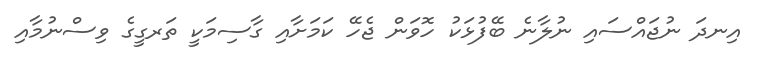
އިނދަ ނުޖައްސައި ނުލާނެ ބޭފުޅަކު ހޮވަން ޖެހޭ ކަމަށާއި ގާސިމަކީ ތަރގީގެ ވިސްނުމާއި